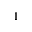
^ { 1 }